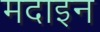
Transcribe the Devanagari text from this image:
मदाइन